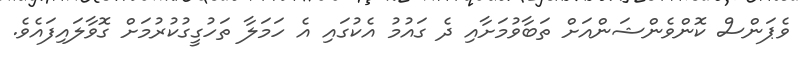
ވެޕަންސް ކޮންވެންޝަންއަށް ތަބާވުމަށާއި ދެ ގައުމު އެކުގައި އެ ހަމަލާ ތަހުގީގުކުރުމަށް ގޮވާލައިފައެވެ.